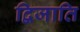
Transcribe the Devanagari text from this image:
द्विजाति